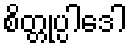
စိတ္တုပ္ပါဒေါ